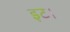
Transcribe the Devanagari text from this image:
इट।